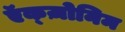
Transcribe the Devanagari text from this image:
ऍक्ज़ोनिम